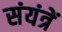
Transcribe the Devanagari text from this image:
संयंत्रें